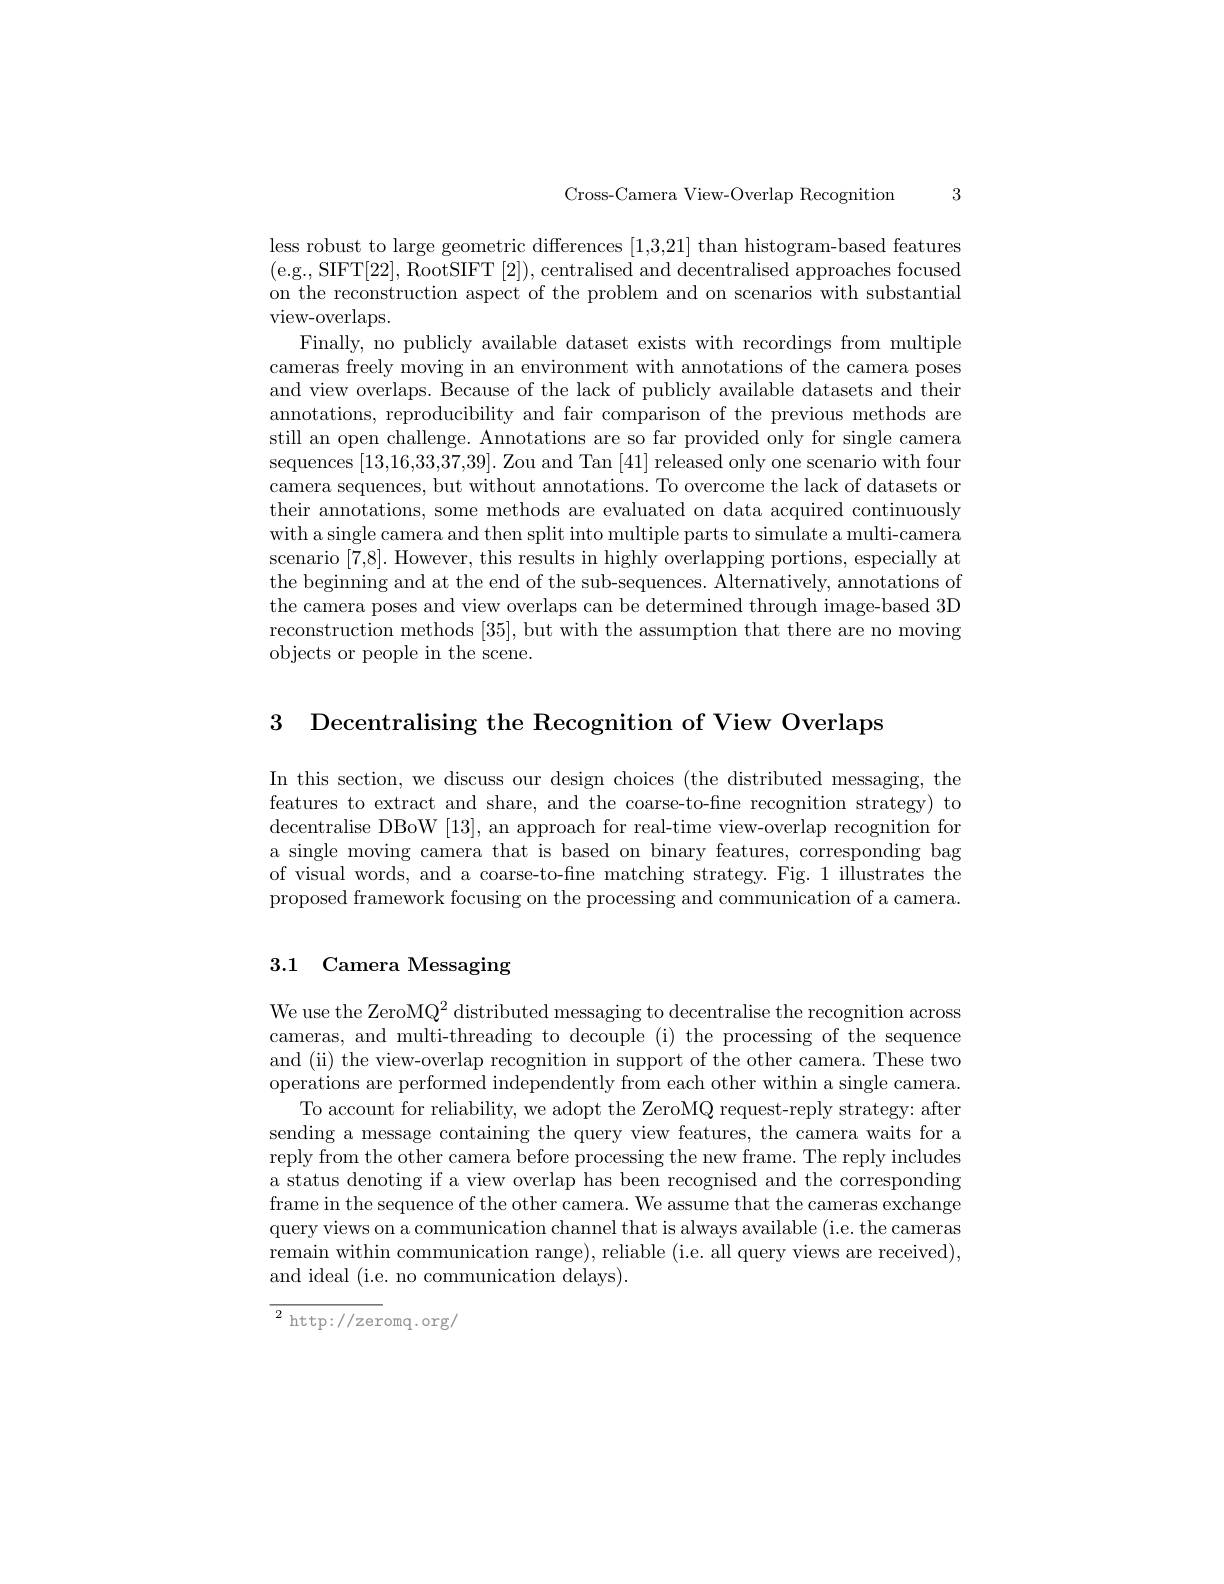
Cross-Camera View-Overlap Recognition

3

less robust to large geometric differences [1,3,21] than histogram-based features (e.g., SIFT[22], RootSIFT [2]),centralised and decentralised approaches focused on the reconstruction aspect of the problem and on scenarios with substantial view- overlaps.

Finally, no publicly available dataset exists with recordings from multiple cameras freely moving in an environment with annotations of the camera poses and view overlaps. Because of the lack of publicly available datasets and their annotations, reproducibility and fair comparison of the previous methods are still an open challenge. Annotations are so far provided only for single camera sequences [13,16,33,37,39]. Zou and Tan [41] released only one scenario with four camera sequences, but without annotations. To overcome the lack of datasets or their annotations, some methods are evaluated on data acquired continuously with a single camera and then split into multiple parts to simulate a multi-camera scenario [7,8]. However, this results in highly overlapping portions, especially at the beginning and at the end of the sub-sequences. Alternatively, annotations of the camera poses and view overlaps can be determined through image-based 3D reconstruction methods [35], but with the assumption that there are no moving objects or people in the scene.

3 Decentralising the Recognition of View Overlaps

In this section, we discuss our design choices (the distributed messaging, the features to extract and share, and the coarse-to-fine recognition strategy) to decentralise DBoW [13], an approach for real-time view-overlap recognition for a single moving camera that is based on binary features, corresponding bag of visual words, and a coarse-to-fine matching strategy. Fig. 1 illustrates the proposed framework focusing on the processing and communication of a camera

### 3.1 Camera Messaging

We use the ZeroMQ$^2$ distributed messaging to decentralise the recognition across cameras, and multi-threading to decouple (i) the processing of the sequence and (ii) the view-overlap recognition in support of the other camera. These two operations are performed independently from each other within a single camera.
To account for reliability, we adopt the ZeroMQ request-reply strategy: after sending a message containing the query view features, the camera waits for a reply from the other camera before processing the new frame. The reply includes a status denoting if a view overlap has been recognised and the corresponding frame in the sequence of the other camera. We assume that the cameras exchange query views on a communication channel that is always available (i.e. the cameras remain within communication range), reliable (i.e. all query views are received), and ideal (i.e. no communication delays)

${\overline{{2}}\mathrm{~http://zer}}$omq.org/